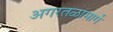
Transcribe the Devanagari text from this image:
अगरतळामार्गे